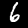
Label: 6